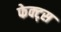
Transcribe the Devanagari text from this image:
फेक्ट्स